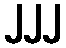
၂၂၂